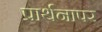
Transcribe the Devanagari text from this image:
प्रार्थनापर